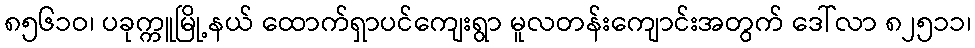
၈၅၆၁ဝ၊ ပခုက္ကူမြို့နယ် ထောက်ရှာပင်ကျေးရွာ မူလတန်းကျောင်းအတွက် ဒေါ်လာ ၈၂၅၁၁၊